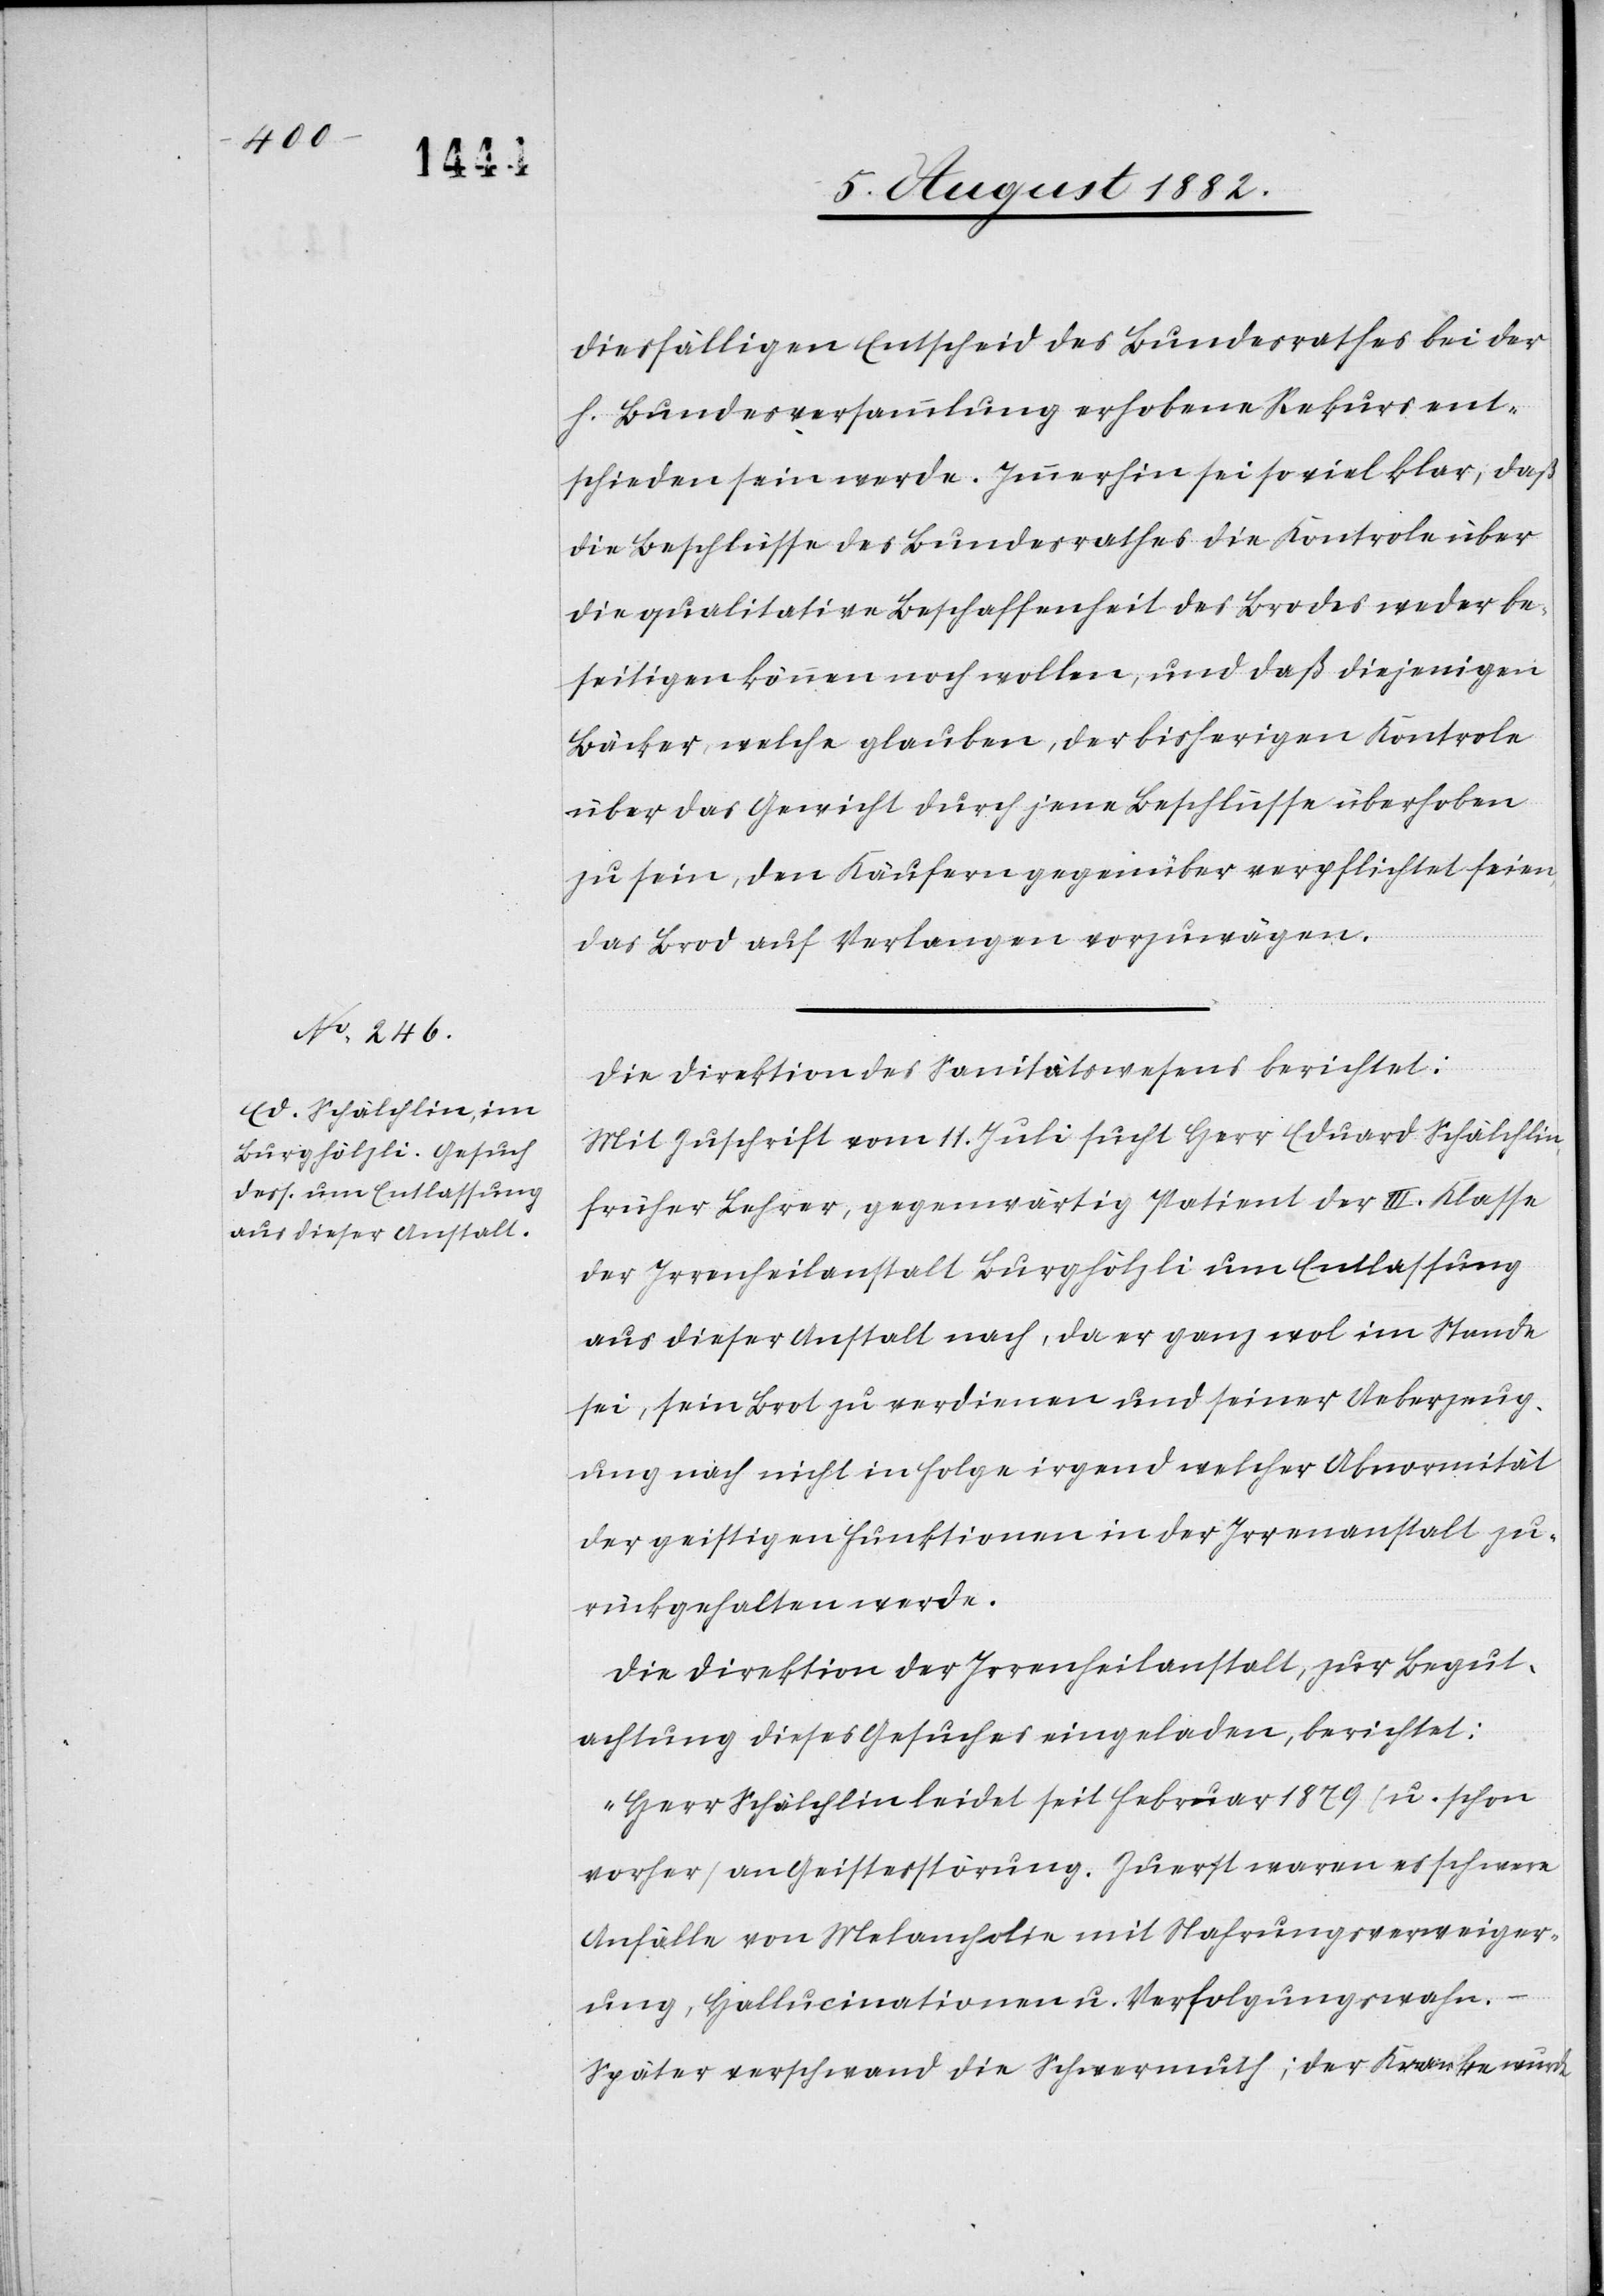
diesfälligen Entscheid des Bundesrathes bei der
h. Bundesversammlung erhobene Rekurs ent¬
schieden sein werde. Immerhin sei so viel klar, daß
die Beschlüsse des Bundesrathes die Kontrole über
die qualitative Beschaffenheit des Brodes weder be¬
seitigen können noch wollen, und daß diejenigen
Bäcker, welche glauben, der bisherigen Kontrole
über das Gewicht durch jene Beschlüsse überhoben
zu sein, den Käufern gegenüber verpflichtet seien,
das Brod auf Verlangen vorzuwägen.
Die Direktion des Sanitätswesens berichtet:
Mit Zuschrift vom 11. Juli sucht Herr Eduard Schälchlin,
früher Lehrer, gegenwärtig Patient der III. Klasse
der Irrenheilanstalt Burghölzli um Entlassung
aus dieser Anstalt nach, da er ganz wol im Stande
sei, sein Brot zu verdienen und seiner Ueberzeug¬
ung nach nicht in Folge irgend welcher Abnormität
der geistigen Funktionen in der Irrenheilanstalt zu¬
rückgehalten werde.
Die Direktion der Irrenheilanstalt, zur Begut¬
achtung dieses Gesuches eingeladen, berichtet:
„Herr Schälchlin leidet seit Februar 1879 (u. schon
vorher) an Geistesstörung. Zuerst waren es schwere
Anfälle von Melancholie mit Nahrungsverweiger¬
ung, Hallucinationen u. Verfolgungswahn.
Später verschwand die Schwermuth; der Kranke wurde